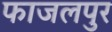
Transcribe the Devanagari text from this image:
फाजलपुर